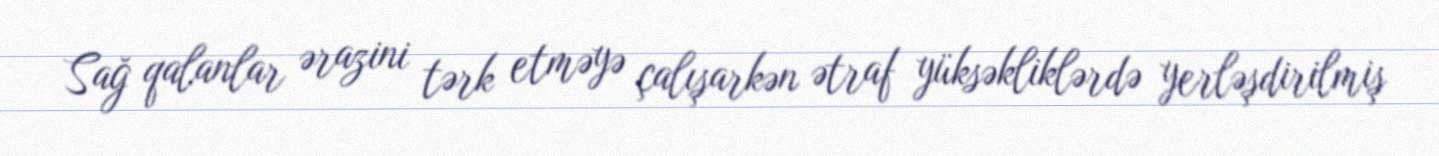
Sağ qalanlar ərazini tərk etməyə çalışarkən ətraf yüksəkliklərdə yerləşdirilmiş